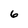
Character: 6